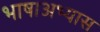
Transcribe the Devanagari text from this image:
भाषाअभ्यास